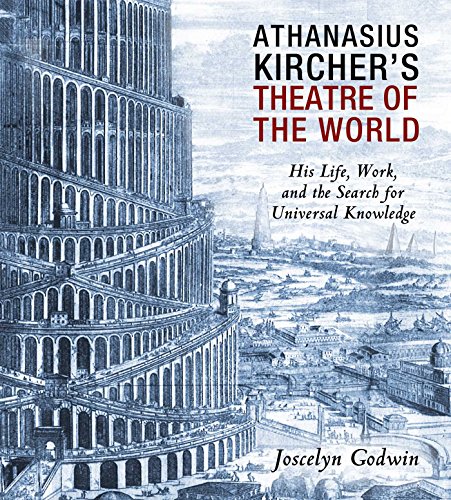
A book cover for Athanasius Kircher's Theatre of the World: His Life, Work, and the Search for Universal Knowledge; Joscelyn Godwin; Biographies & Memoirs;